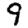
Digit: 9